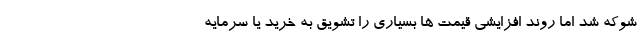
شوکه شد اما روند افزایشی قیمت ها بسیاری را تشویق به خرید یا سرمایه